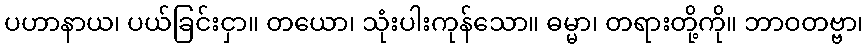
ပဟာနာယ၊ ပယ်ခြင်းငှာ။ တယော၊ သုံးပါးကုန်သော။ ဓမ္မာ၊ တရားတို့ကို။ ဘာဝတဗ္ဗာ၊